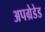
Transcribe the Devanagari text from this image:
अपग्रेडेड